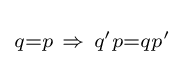
\scriptstyle {q=p\ \Rightarrow \ q'p=qp'\,}\!